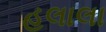
હલાલા